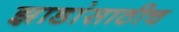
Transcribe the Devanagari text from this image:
झाडांसाठीच